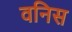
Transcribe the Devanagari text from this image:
वनिस